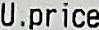
U.PRICE